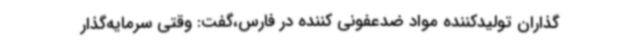
گذاران تولیدکننده مواد ضدعفونی کننده در فارس،گفت: وقتی سرمایه‌گذار